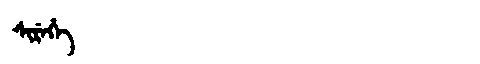
Manchu: ᠰᡳᡵᡝᡥᡝ
Romanization: SIREHE